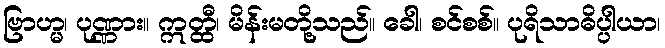
ဗြာဟ္မ၊ ပုဏ္ဏား။ ဣတ္ထီ၊ မိန်းမတို့သည်။ ခေါ၊ စင်စစ်။ ပုရိသာဓိပ္ပါယာ၊